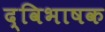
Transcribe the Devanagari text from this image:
द्विभाषक